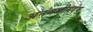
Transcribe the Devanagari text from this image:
अनंगभीमदेव